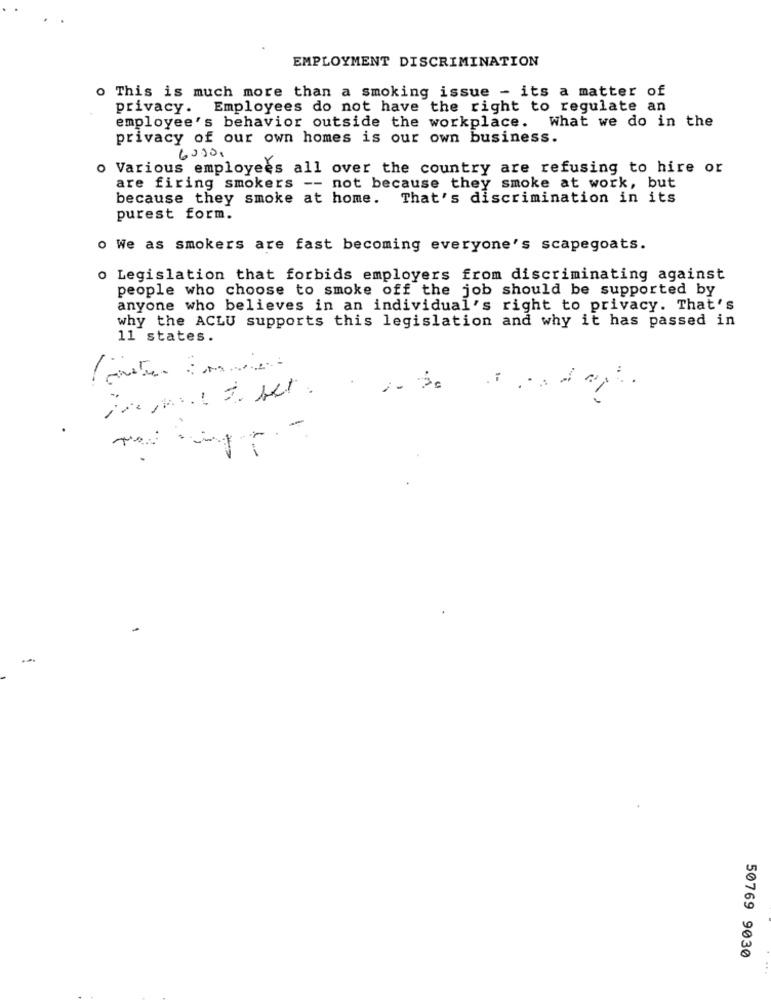
EMPLOYMENT DISCRIMINATION
o This is much more than a smoking issue - its a matter of
privacy. Employees do not have the right to regulate an
employee's behavior outside the workplace. What we do in the
privacy of our own homes is our own business.
60000
o Various employees all over the country are refusing to hire or
are firing smokers -- not because they smoke at work, but
because they smoke at home. That's discrimination in its
purest form.
o We as smokers are fast becoming everyone's scapegoats.
o Legislation that forbids employers from discriminating against
people who choose to smoke off the job should be supported by
anyone who believes in an individual's right to privacy. That's
why the ACLU supports this legislation and why it has passed in
11 states.
. i
50769 9030